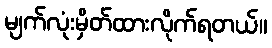
မျက်လုံးမှိတ်ထားလိုက်ရတယ်။